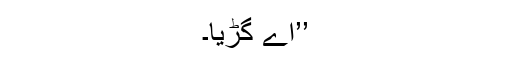
’’اے گڑیا۔